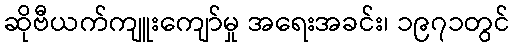
ဆိုဗီယက်ကျူးကျော်မှု အရေးအခင်း၊ ၁၉၇၁တွင်